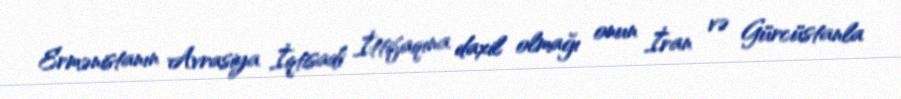
Ermənistanın Avrasiya İqtisadi İttifaqına daxil olmağı onun İran və Gürcüstanla